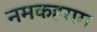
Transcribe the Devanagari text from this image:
नमकहराम